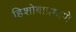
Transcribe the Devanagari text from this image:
हिशोबाप्रमाणे